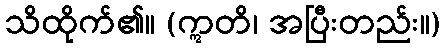
သိထိုက်၏။ (ဣတိ၊ အပြီးတည်း။)